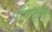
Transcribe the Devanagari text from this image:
पॉकेट्स